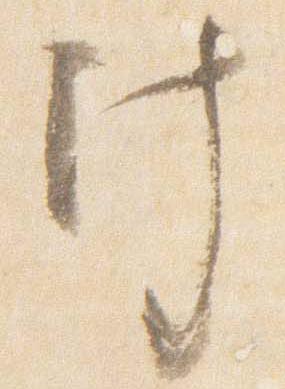
汁